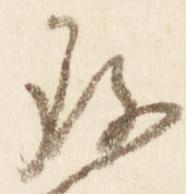
存